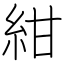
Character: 紺